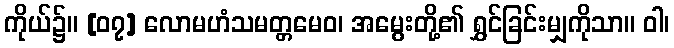
ကိုယ်၌။ [၀၇] လောမဟံသမတ္တမေဝ၊ အမွေးတို့၏ ရွှင်ခြင်းမျှကိုသာ။ ဝါ၊